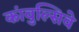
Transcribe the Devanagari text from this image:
कांवुल्सिवे